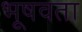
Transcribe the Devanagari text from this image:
भूषवता